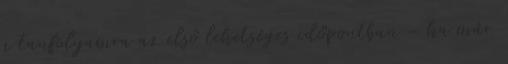
a tanfolyamra az első lehetséges időpontban – ha már